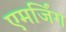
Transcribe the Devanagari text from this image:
एमर्जिंग